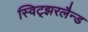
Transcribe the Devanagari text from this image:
स्विट्झरलैन्ड